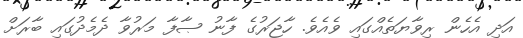
އަދި އެހެން ރިވާޔަތެއްގައި ވެއެވެ. ހާޖަރުގެ ފާނު ޞާފާ މަރުވާ ދެމެދުގައި ބާރަށް